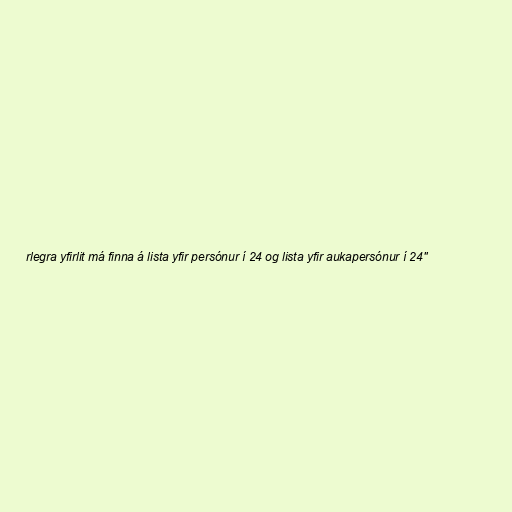
rlegra yfirlit má finna á lista yfir persónur í 24 og lista yfir aukapersónur í 24"